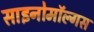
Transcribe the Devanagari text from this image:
साइनोमॉल्गस